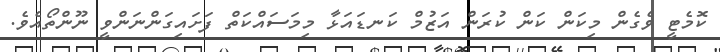
ކޮމެޓީ ވެގެން މިކަން ކަން ކުރަން އަޒުމް ކަނޑައަޅާ މިމަސައްކަތް ފަށައިގަންނަންވީ ނޫންތޯއެވެ.